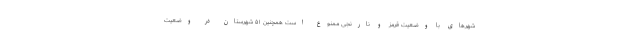
شهرهای با وضعیت قرمز و نارنجی ممنوع است همچنین ۵۱ شهرستان در وضعیت